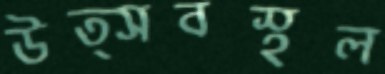
উত্সবস্থল